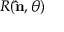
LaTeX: R ( \mathbf { \hat { n } } , \theta )